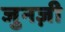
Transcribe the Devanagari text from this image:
जुनज़ी